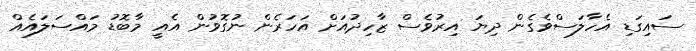
ސައިގަޑި އެހާލަސްވެގެން ދިޔަ އިރުވެސް ޒާހިދުއަށް އަހަރެން ނުގޮވުން އެއީ މާބޮޑު މައްސަލައެއް